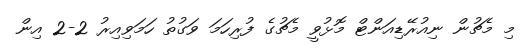
މި މެޗުން ނިއުރޭޑިއަންޓް މޮޅުވީ މެޗުގެ ފުރިހަމަ ވަގުތު ހަމަވިއިރު 2-2 އިން